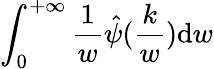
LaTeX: \int_{0}^{+\infty}\frac{1}{w}\hat{\psi}(\frac{k}{w})\mathrm{d}w